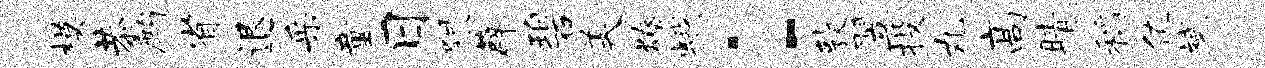
模恭鹧省退采童日限薜碧美燎蛾：敦翌投丸高睛稻值斌